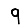
Digit: 9